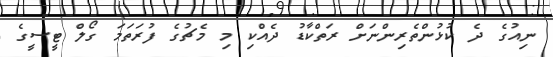
ނިއުގެ ދެ ކުޅުންތެރިންނަށް ރަތްކާޑު ދެއްކި މި މެޗުގެ ފުރަތަމަ ގޯލް ޓީސީގެ